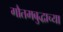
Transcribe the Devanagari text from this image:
गौतमबुद्धाच्या